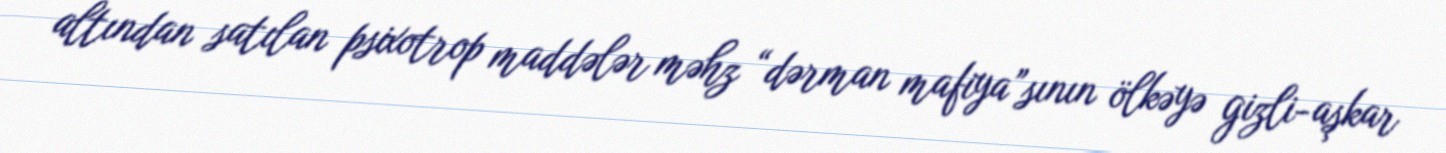
altından satılan psixotrop maddələr məhz “dərman mafiya”sının ölkəyə gizli-aşkar